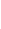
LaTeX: I\! \! \! \! \! \! \! \! \! \! \! \! _{\! \! \! \! \! \! \! \! \! \! \! \! \partial\! \! \! \! \! \! \! \! \! \! \! \! B}\! \! \! \! \! \! \! \! \! \! \! \! (\mathcal{Z}\! \! \! \! \! \! \! \! \! \! \! \! _{\! \! \! \! \! \! \! \! \! \! \! \! \varepsilon\! \! \! \! \! \! \! \! \! \! \! \! ^{\! }\! \! \! \! \! \! \! \! \! \! \! *}\! \! \! \! \! \! \! \! \! \! \! \! )\! \! \! \! \! \! \! \! \! \! \! \! =\! \! \! \! \! \! \! \! \! \! \! \! 0\! \! \! \! \! \! \! \! \! \! \!